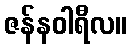
ဇန်နဝါရီလ။